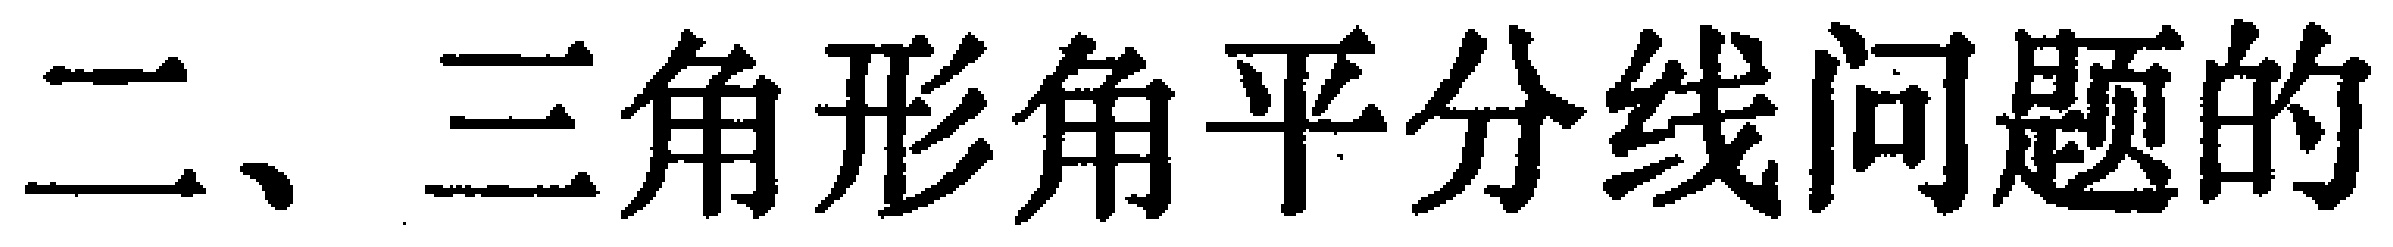
二、三角形角平分线问题的